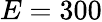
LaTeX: E=300